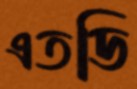
এতডি